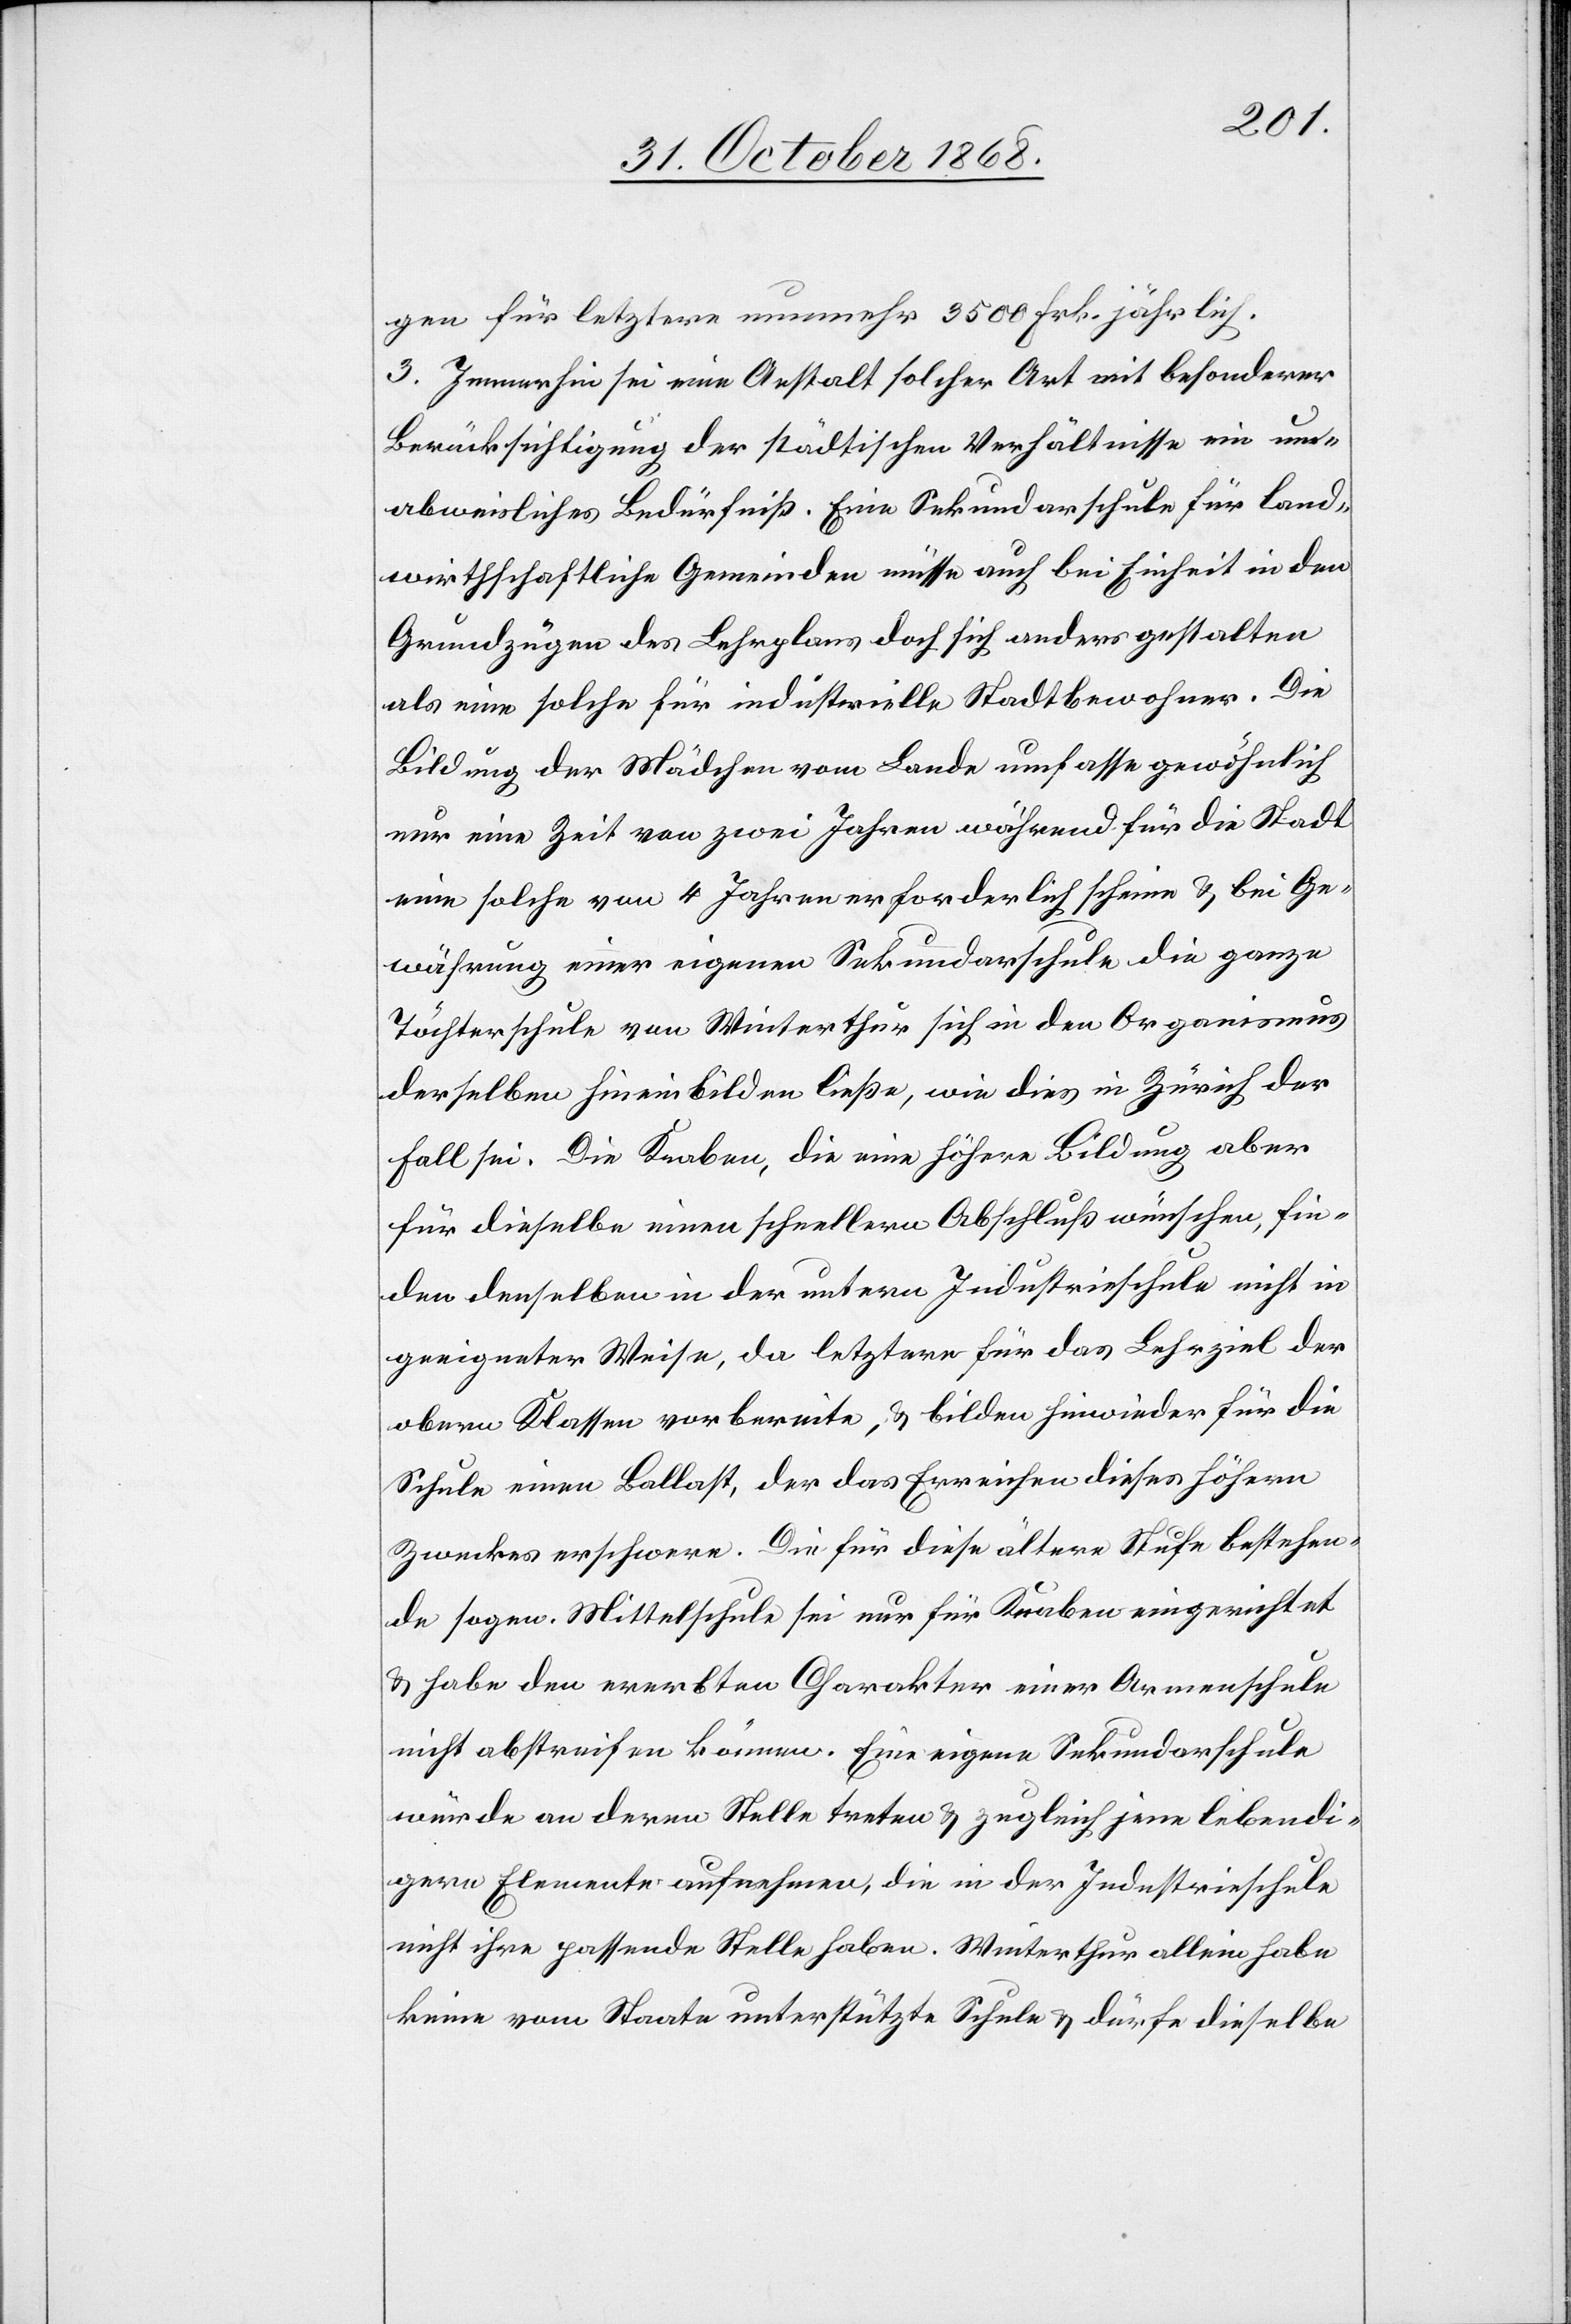
gen für letztere nunmehr 3500 Frk. jährlich.
3. Immerhin sei eine Anstalt solcher Art mit besonderer
Berücksichtigung der städtischen Verhältnisse ein un¬
abweisliches Bedürfniß. Eine Sekundarschule für land¬
wirthschaftliche Gemeinden müsse auch bei Einheit in den
Grundzügen des Lehrplans doch sich anders gestalten
als eine solche für industrielle Stadtbewohner. Die
Bildung der Mädchen vom Lande umfasse gewöhnlich
nur eine Zeit von zwei Jahren während für die Stadt
eine solche von 4 Jahren erforderlich scheine & bei Ge¬
währung einer eigenen Sekundarschule die ganze
Töchterschule von Winterthur sich in den Organismus
derselben hineinbilden ließe, wie dies in Zürich der
Fall sei. Die Knaben, die eine höhere Bildung aber
für dieselbe einen schnellern Abschluß wünschen, fin¬
den denselben in der untern Industrieschule nicht in
geeigneter Weise, da letztere für das Lehrziel der
obern Klassen vorbereite, & bilden hinwieder für die
Schule einen Ballast, der das Erreichen dieses höhern
Zweckes erschwere. Die für diese ältere Stufe bestehen¬
de sogen. Mittelschule sei nur für Knaben eingerichtet
& habe den ererbten Charakter einer Armenschule
nicht abstreifen können. Eine eigene Sekundarschule
würde an deren Stelle treten & zugleich jene lebendi¬
gern Elemente aufnehmen, die in der Industrieschule
nicht ihre passende Stelle haben. Winterthur allein habe
keine vom Staate unterstützte Schule & dürfe dieselbe